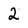
Character: 2